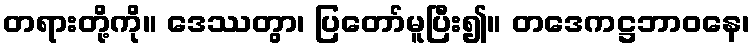
တရားတို့ကို။ ဒေဿတွာ၊ ပြတော်မူပြီး၍။ တဒေကဋ္ဌဘာဝနေ၊